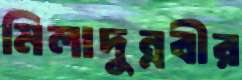
মিলাদুন্নবীর